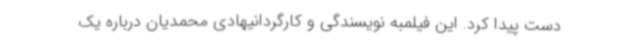
دست پیدا کرد. این فیلمبه نویسندگی و کارگردانیهادی محمدیان درباره یک